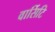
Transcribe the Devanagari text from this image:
वार्सिटि